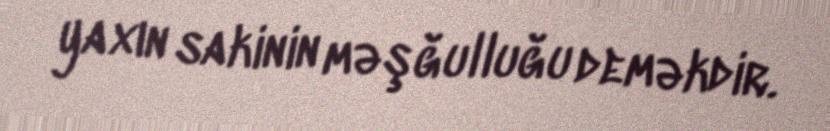
yaxın sakinin məşğulluğu deməkdir.